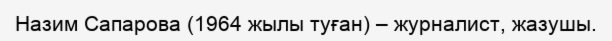
Назим Сапарова (1964 жылы туған) – журналист, жазушы.